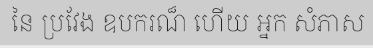
នៃ ប្រវែង ឧបករណ៏ ហើយ អ្នក សំភាស